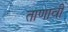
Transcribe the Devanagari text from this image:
ताणावी